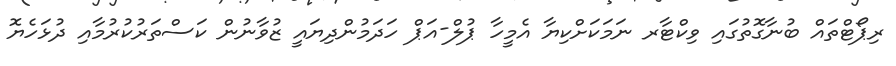
ރިޕޯޓްތައް ބުނާގޮތުގައި ވިކްޓާރ ނަމަކަށްކިޔާ އެމީހާ ޕުލް-އަޕް ހަދަމުންދިޔައީ ޒުވާނުން ކަސްތަރުކުރުމާއި ދުޅަހެޔޮ